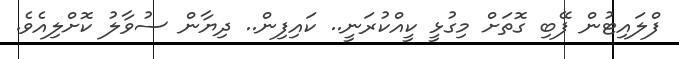
ފްލައިޓުން ފޭބި ގޮތަަށް މިގުޅީ ކީއްކުރަނީ.. ކައިފިން.. ދިޔާން ސުވާލު ކޮށްލިއެވެ.